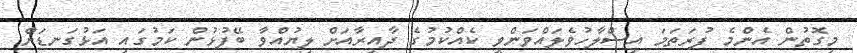
މިގޮތުން އެންމެ ފުރަތަމަ އިސްލާހުވެލައްވަންވީ ކެއްކުމުގެ ދާއިރާއަށް ލިޔުއްވާ ބޭފުޅުން ކަމުގައި އަޅުގަނޑަށް